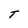
Character: T